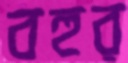
বহুর